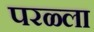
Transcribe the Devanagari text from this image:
परळ्ला